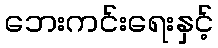
ဘေးကင်းရေးနှင့်